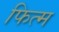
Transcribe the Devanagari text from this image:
फित्म